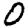
Digit: 0